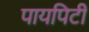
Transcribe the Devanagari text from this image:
पायपिटी